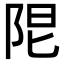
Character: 𨹎